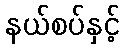
နယ်စပ်နှင့်